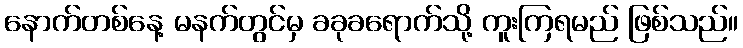
နောက်တစ်နေ့ မနက်တွင်မှ ခခုခရောက်သို့ ကူးကြရမည် ဖြစ်သည်။